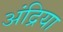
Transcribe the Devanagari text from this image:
अंद्रिया